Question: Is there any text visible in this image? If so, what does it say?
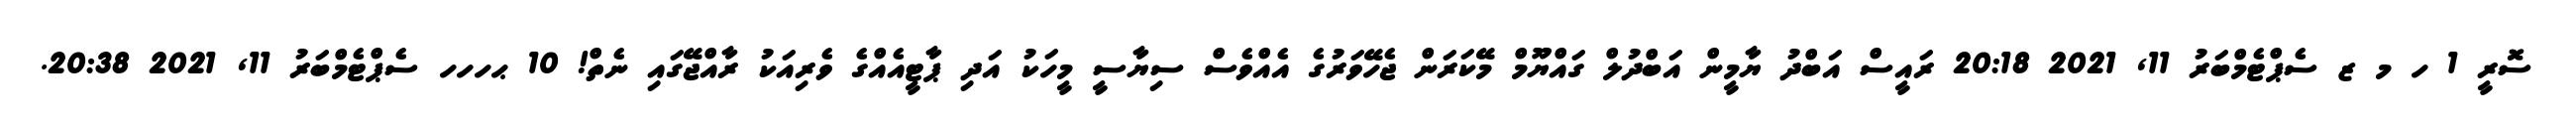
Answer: ސޮރީ 1 ހ މ ޒ ސެޕްޓެމްބަރު 11, 2021 20:18 ރައީސް އަބްދު ޔާމީން އަބްދުލް ގައްޔޫމް މޭކަރަން ޖެހޭވަރުގެ އެއްވެސް ސިޔާސީ މީހަކު އަދި ޕާޓީއެއްގެ ވެރިއަކު ރާއްޖޭގައި ނެތް! 10 ޙހހހ ސެޕްޓެމްބަރު 11, 2021 20:38.